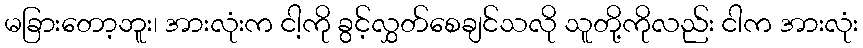
မခြားတော့ဘူး၊ အားလုံးက ငါ့ကို ခွင့်လွှတ်စေချင်သလို သူတို့ကိုလည်း ငါက အားလုံး